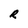
Character: R